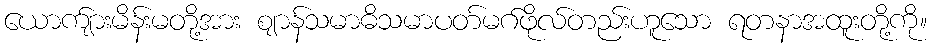
ယောက်ျားမိန်းမတို့အား ဈာန်သမာဓိသမာပတ်မဂ်ဖိုလ်တည်းဟူသော ရတနာအထူးတို့ကို။